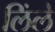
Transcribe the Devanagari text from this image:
लिंले